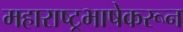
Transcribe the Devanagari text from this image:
महाराष्ट्रभाषेकरून